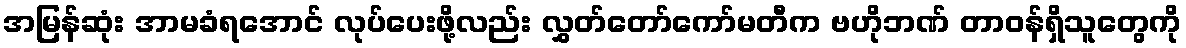
အမြန်ဆုံး အာမခံရအောင် လုပ်ပေးဖို့လည်း လွှတ်တော်ကော်မတီက ဗဟိုဘဏ် တာဝန်ရှိသူတွေကို